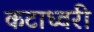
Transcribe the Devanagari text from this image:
कटाध्वरी